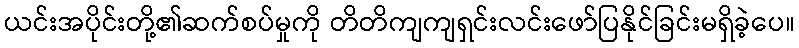
ယင်းအပိုင်းတို့၏ဆက်စပ်မှုကို တိတိကျကျရှင်းလင်းဖော်ပြနိုင်ခြင်းမရှိခဲ့ပေ။